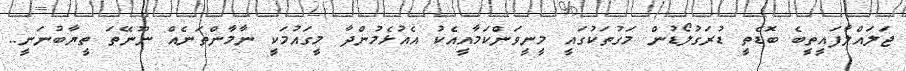
ޖަލައްލާފައީތީބެ ބޮޑެތީ ޑުރަގުލޯޑުން މަގުތަކުގައީ މީނީވަންކަމާއީއެކު އެއުޅެމުންދާ މީގައުމަކީ ނާމާންތަނެއް ނޫނޭތަ ތީޔާބުނަނީ..